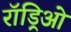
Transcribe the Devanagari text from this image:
रॉड्रिओ